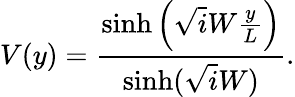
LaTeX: V(y)=\frac{\sinh\left(\sqrt iW\frac{y}{L}\right)}{\sinh(\sqrt iW)}.